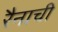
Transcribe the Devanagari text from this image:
रैनाची